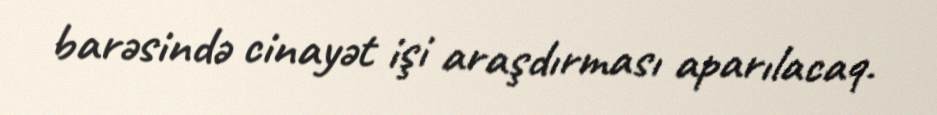
barəsində cinayət işi araşdırması aparılacaq.